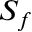
S _ { f }